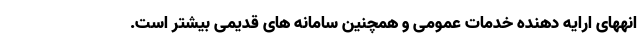
انههای ارایه دهنده خدمات عمومی و همچنین سامانه های قدیمی بیشتر است.